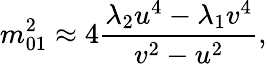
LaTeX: m_{01}^{2}\approx 4\frac{\lambda_{2}u^{4}-\lambda_{1}v^{4}}{v^{2}-u^{2}},